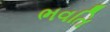
ભવતિ